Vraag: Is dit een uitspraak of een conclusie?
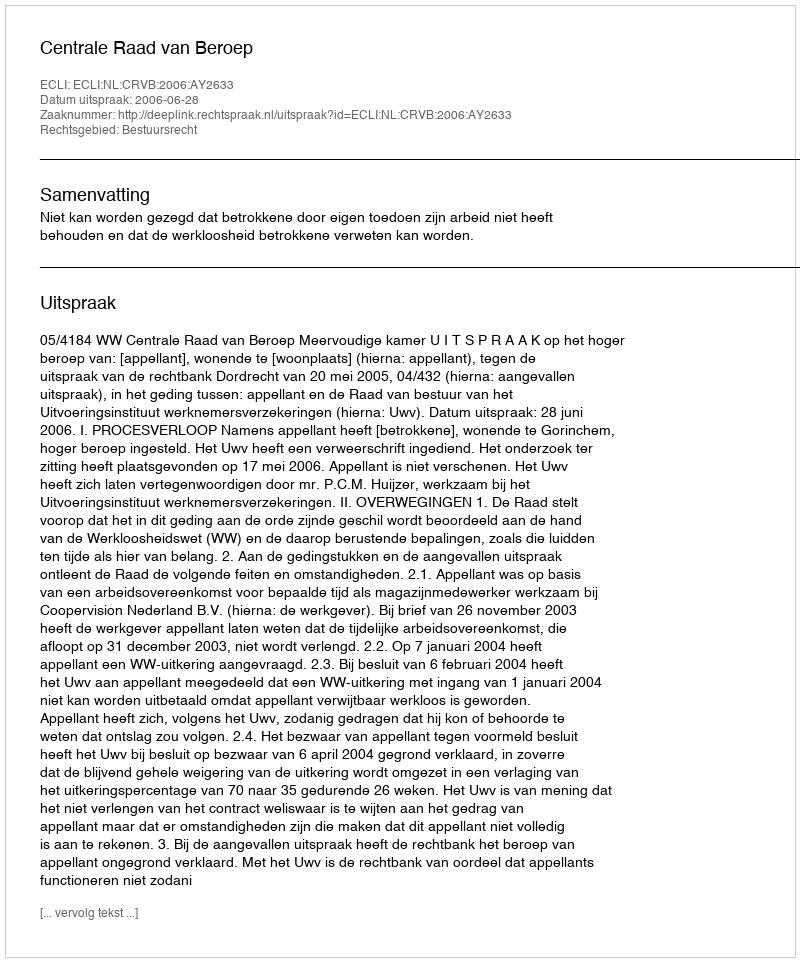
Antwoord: Uitspraak